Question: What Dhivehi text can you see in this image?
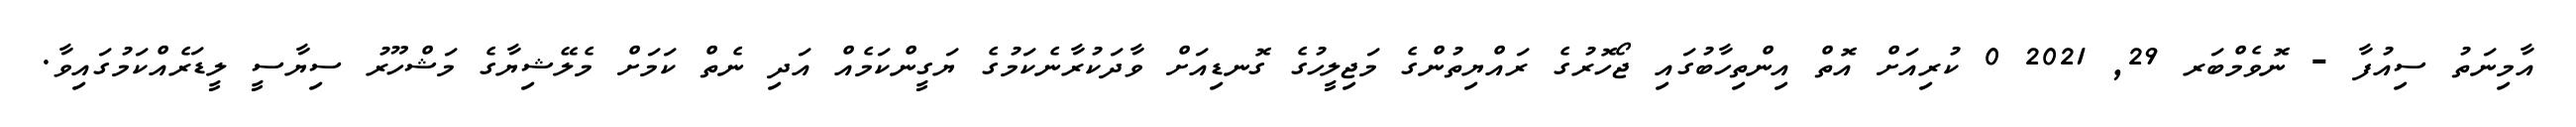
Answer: އާމިނަތު ސިއުފާ - ނޮވެމްބަރ 29, 2021 0 ކުރިއަށް އޮތް އިންތިހާބުގައި ޖޯހޮރުގެ ރައްޔިތުންގެ މަޖިލީހުގެ ގޮނޑިއަށް ވާދަކުރާނެކަމުގެ ޔަގީންކަމެއް އަދި ނެތް ކަމަށް މެލޭޝިޔާގެ މަޝްހޫރު ސިޔާސީ ލީޑަރެއްކަމުގައިވާ.